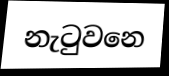
නැටුවනෙ